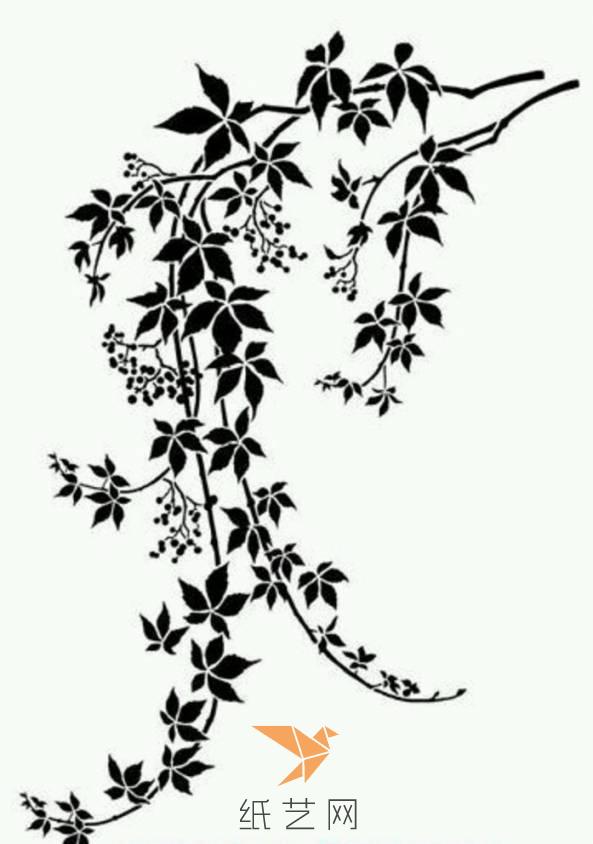
家童扫萝径，昨与故人期。